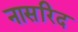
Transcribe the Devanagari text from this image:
नासरिद